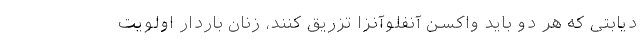
دیابتی که هر دو باید واکسن آنفلوآنزا تزریق کنند، زنان باردار اولویت